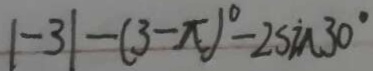
\vert - 3 \vert - ( 3 - \pi ) ^ { \circ } - 2 \sin 3 0 ^ { \circ }